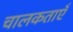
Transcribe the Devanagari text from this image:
चालकताएँ